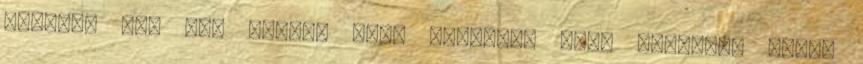
kinézni egy pár napig, mert sanszos, hogy holnapra dupla